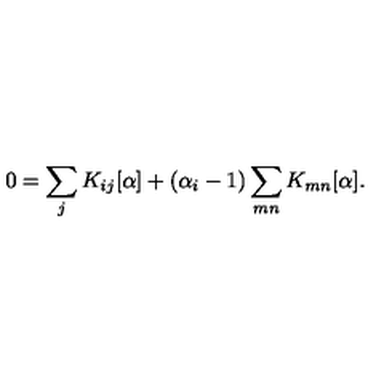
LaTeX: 0 = \sum _ { j } K _ { i j } [ \alpha ] + ( \alpha _ { i } - 1 ) \sum _ { m n } K _ { m n } [ \alpha ] .